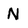
Character: N